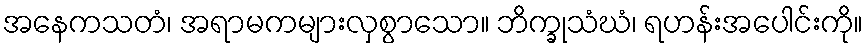
အနေကသတံ၊ အရာမကများလှစွာသော။ ဘိက္ခုသံဃံ၊ ရဟန်းအပေါင်းကို။